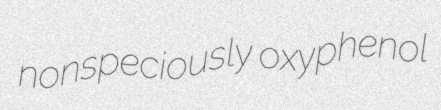
nonspeciously oxyphenol